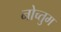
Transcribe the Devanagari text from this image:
नोच्तुम